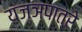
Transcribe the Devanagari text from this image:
यज्ञपात्रे